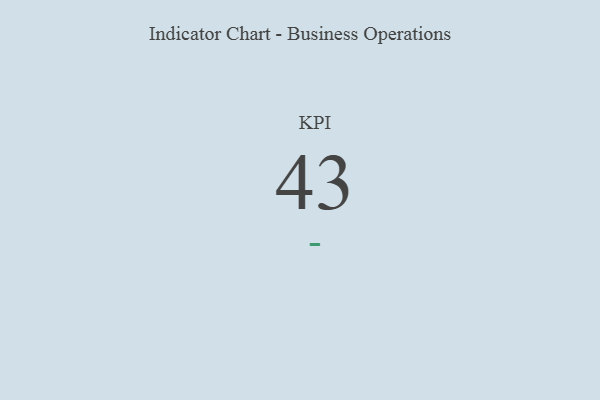
{"axis": {"x": "KPI", "y": "Value"}, "legend": [""], "data": [{"x": "KPI", "y": 43, "type": ""}]}